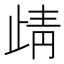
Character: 𭭦